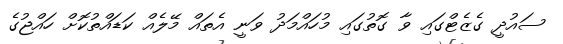
ސައުދީ ގެޒެޓްގައި ވާ ގޮތުގައި މުހައްމަދު ވަނީ އެތައް މޭލެއް ކަޑައްތުކޮށް ހައްޖުގެ